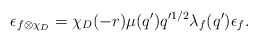
\begin{align*} \epsilon_{f \otimes \chi_D}= \chi_D(-r) \mu(q') q'^{1/2} \lambda_f(q') \epsilon_f.\end{align*}